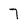
Character: 7